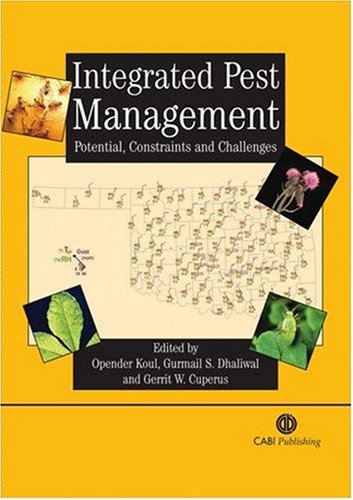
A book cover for Integrated Pest Management: Potential, Constraints and Challenges; Opender Koul; Science & Math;